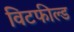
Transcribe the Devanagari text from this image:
विटफील्ड